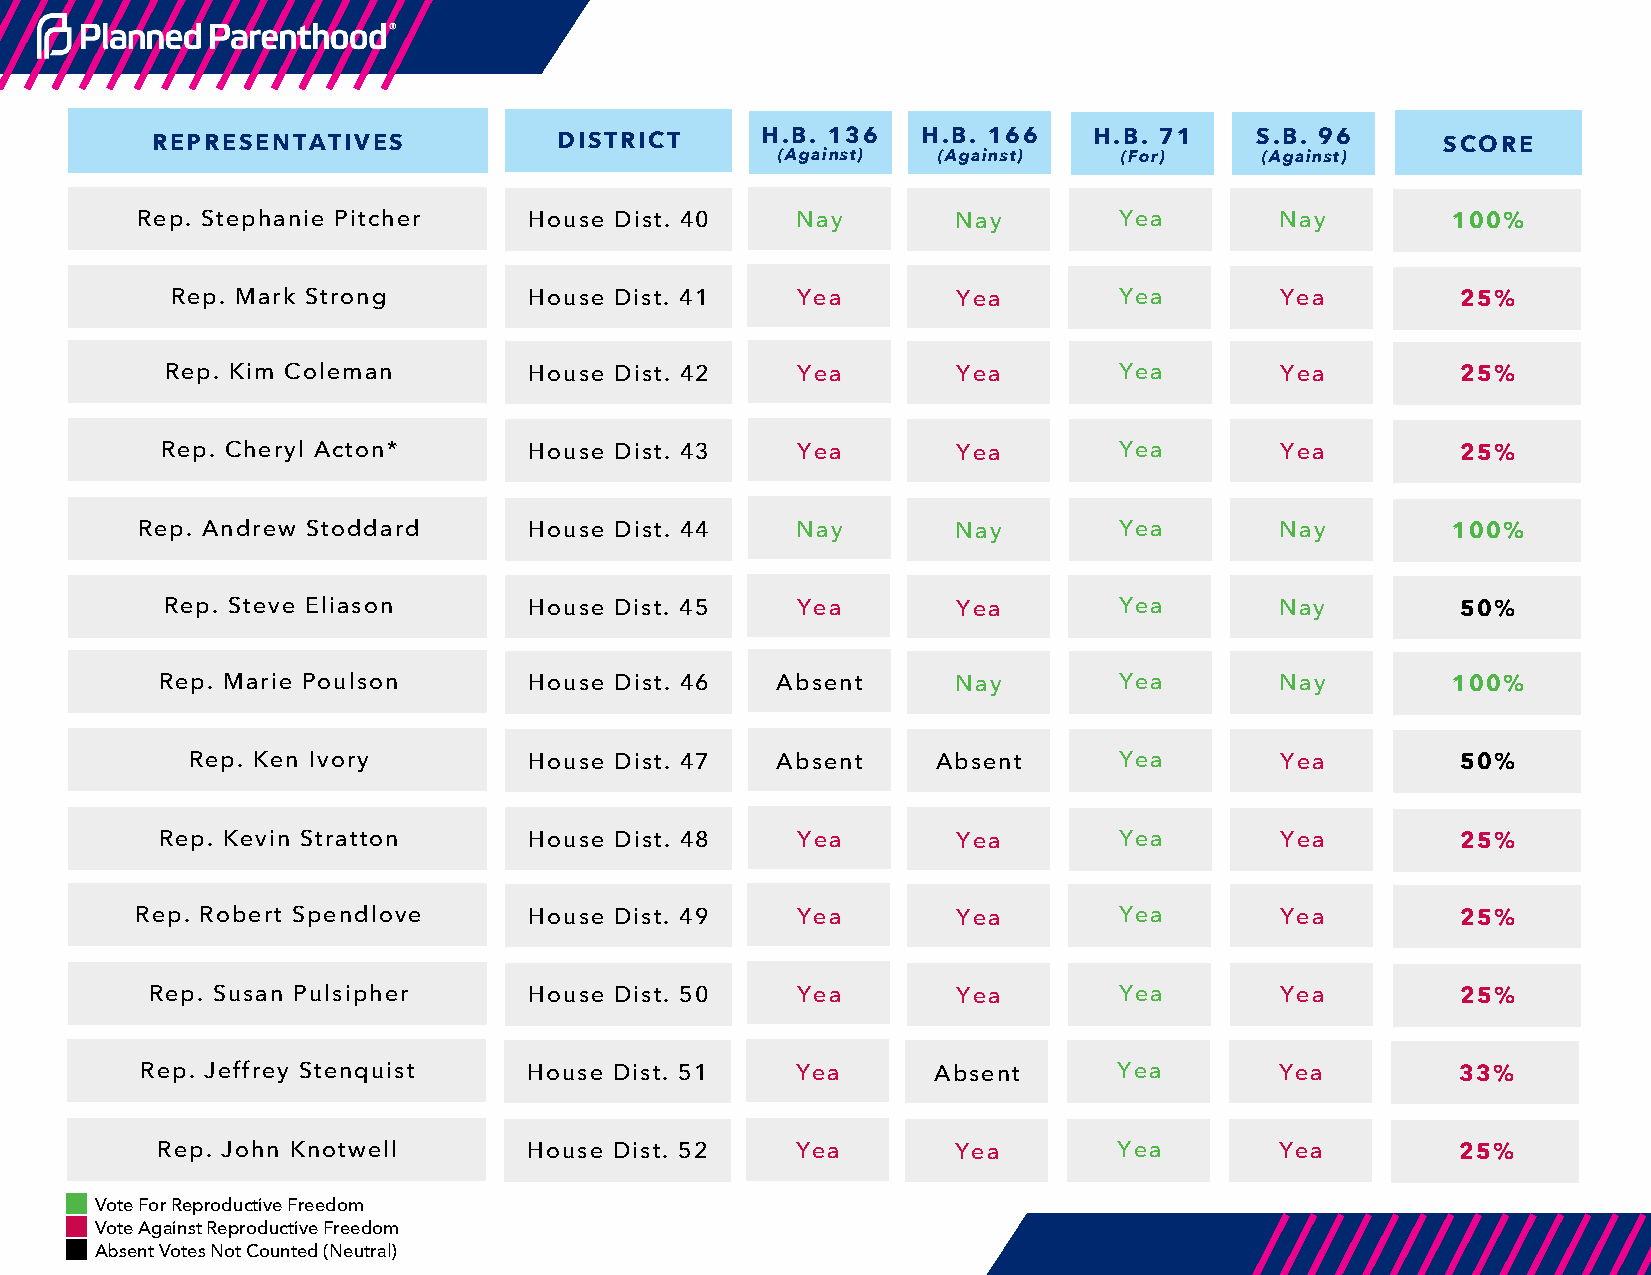
REPRESENTATIVES            DISTRICT     H.B. 136   H.B. 166   H.B. 71    S.B. 96      SCORE
 (Against)  (Against)   (For)     (Against)
 Rep. Stephanie Pitcher    House Dist. 40    Nay       Nay        Yea        Nay        100%
 Rep. Mark Strong        House Dist. 41    Yea       Yea        Yea        Yea         25%
 Rep. Kim Coleman        House Dist. 42    Yea       Yea        Yea        Yea         25%
 Rep. Cheryl Acton*      House Dist. 43    Yea       Yea        Yea        Yea         25%
 Rep. Andrew Stoddard      House Dist. 44    Nay       Nay        Yea        Nay        100%
 Rep. Steve Eliason      House Dist. 45    Yea       Yea        Yea        Nay         50%
 Rep. Marie Poulson      House Dist. 46  Absent      Nay        Yea        Nay        100%
 Rep. Ken Ivory         House Dist. 47  Absent     Absent      Yea        Yea         50%
 Rep. Kevin Stratton     House Dist. 48    Yea       Yea        Yea        Yea         25%
 Rep. Robert Spendlove     House Dist. 49    Yea       Yea        Yea        Yea         25%
 Rep. Susan Pulsipher     House Dist. 50    Yea       Yea        Yea        Yea         25%
 Rep. Jeffrey Stenquist    House Dist. 51    Yea      Absent      Yea        Yea         33%
 Rep. John Knotwell       House Dist. 52    Yea       Yea        Yea        Yea         25%
 Vote For Reproductive Freedom
 Vote Against Reproductive Freedom
 Absent Votes Not Counted (Neutral)